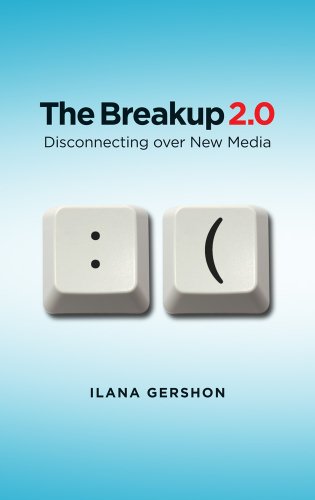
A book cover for The Breakup 2.0: Disconnecting over New Media; Ilana Gershon; Computers & Technology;